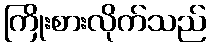
ကြိုးစားလိုက်သည်